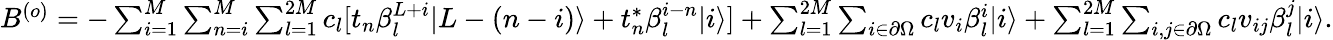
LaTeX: \begin{array}{r}{B^{(o)}=-\sum_{i=1}^{M}\sum_{n=i}^{M}\sum_{l=1}^{2M}c_{l}[t_{n}\beta_{l}^{L+i}|L-(n-i)\rangle+t_{n}^{\ast}\beta_{l}^{i-n}|i\rangle]+\sum_{l=1}^{2M}\sum_{i\in\partial\Omega}c_{l}v_{i}\beta_{l}^{i}|i\rangle+\sum_{l=1}^{2M}\sum_{i,j\in\partial\Omega}c_{l}v_{ij}\beta_{l}^{j}|i\rangle.}\end{array}